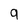
Character: 9